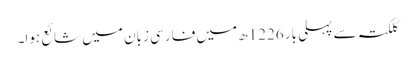
کلکتہ سے پہلی بار 1226ھ میں فارسی زبان میں شائع ہوا۔